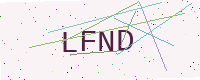
Text: LFND